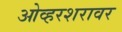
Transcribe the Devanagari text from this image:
ओव्हरशरावर